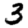
Digit: 3